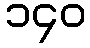
၁၄၀